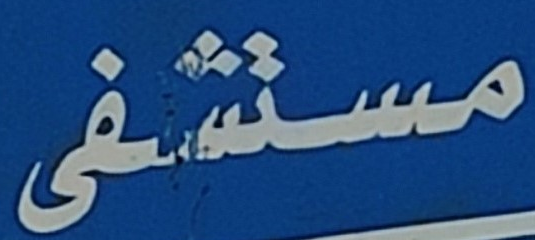
مستشفى